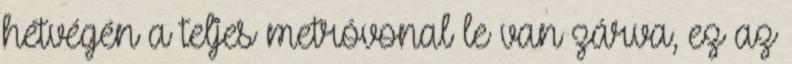
hétvégén a teljes metróvonal le van zárva, ez az